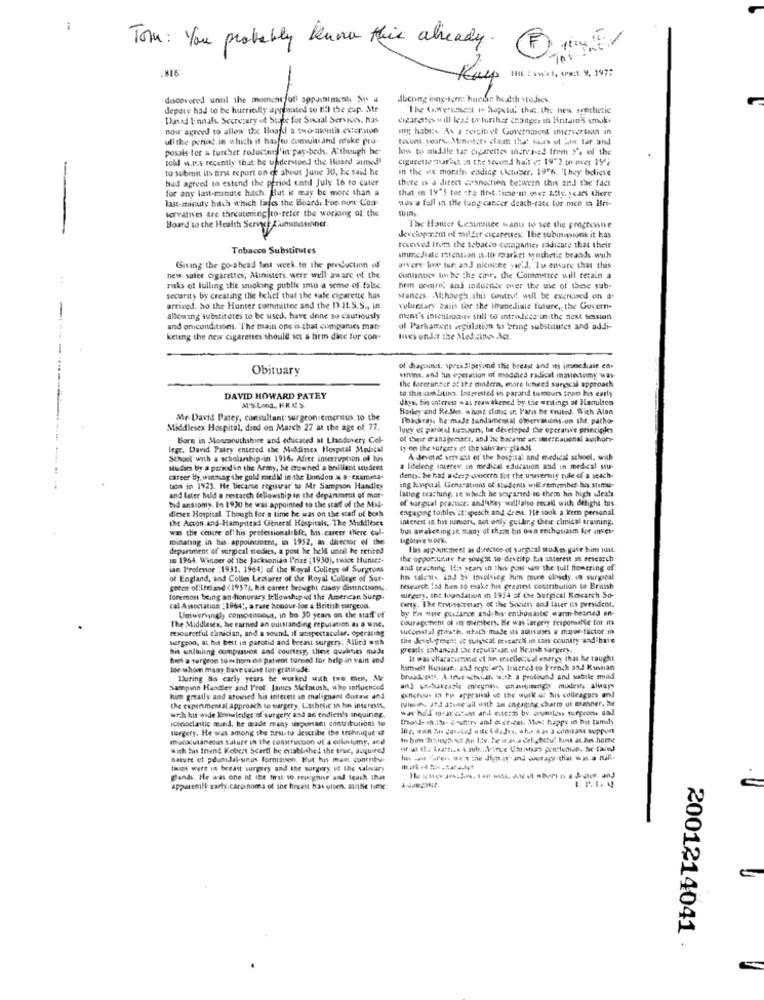
Tom: You probably know this already.
Kalp 11 : 100 1, 197 9, 1477
discovered until the moment fofi appointment Se a
dbching inny-term hunde heath stoJees
depaix had to be hurriedly app mated to fil the gap. Mr
The Government to hopeid, that. the new spertictie
David Einnats. Secretary of State for Social Services, has
cigaratos will lead to further changes in Hintain's smok
now agreed to allow the Board s tao-awith eversion
uli the period. in wtuch it has to cumuit and nuke pro-
mount. yours. Minuters claim that sales of hin tar and
posals ter & turchet reductin 'in par-beds. A though be-
how to meddle tar cigarettes increased trem 2', of the
cold w.r.s recently that be understood the Huard aimed"
cigurette surket in the Second half ( 1972 on over 19;
to submit its first report on of about June 30, he said he
In the wx morath ending uhouser, 1976. They belicse
bad agreed to extend the period cati July 16 to cuter
there is a direct saanaction be:wern this and the fact
for any last-minute hitch, But it may be more than a
that in 19'S tee the first. time'm over Afty. years there
last-minute hach which fades the Board .. For now Com
wow a fall in the lung cancer death-rate for mce in Bri-
forvanves are threatening to-refer the werking of: the
-
Board'to the Health Servet Commissioner.
The Homer Ceamsee wants to see the progressne
Jevelopezem of miller cicarentes. The subinnsions it has
Tobacco Substitutes
recived Itve the tobacco companies radicate that their
immediate Istention is.to market synthetic brands.wath
Giving the go-ahead last week.to the production of
avere bis tur an J nicotine sac'd. To ensure that this
new saler cigarettes, Ministers were well aware of the
cununues to be the cave, the Committee will tetain a
risks of lulling the smoking public into a sense of bolse.
hrm contre, and inducese wer the use of these sub-
security by creating the belief that the safe cigarette has
Mances. Although. this contro! will be expressed on a
arrived, So the Hunter committee sod the D.IL.S.S ., in
voluntary basis for the immediate future, the Govern-
allowing substitutes to be used, have done so cautiously
nent's intentanwas still to introduce in the next session
and oniconditions. The main one is that companies mar:
of Parlament legislation to bring substitutes and addi-
keting the new cigarettes should set a firm disc for con-
lives under the Medicines Act.
Obituary
of diagnosis, sprgastpeyand the breast and its inuncdiase en.
vinns, and hus eperation of moddied radical mavestomy way
the forerunner at the modern, mare hinged sungcal approach
to this sous Juan. Interested in paratid tumours iruin his early
-----------
DAVID HOWARD PATEY
days, bin interest wat reawakened by the writings of Hamulten
M'S Lond ., KR.U. S
Harley and Keshe, whost dine in Paris be trusted. With Alan
Mr. David Parey, consultant: surgeon emeritus. to the
Thickray he made fundamental observations on the. patho-
Middlesex Hospital, died on March 27 at the age of 77.
logy of pardes! tumours be developed the operatie principks
Born in Monmouthshwe and educated al Lhandovery Col-
legr. David Patry entered the Middimen Hospital Medical
Iy on the surgery et the salwary plaast
School' with a scholarship-in 1916. Afiet interruption.of his
A Jevoted servast of the bosgusal and medical school, wich
Mudics by a period in the Army, he crowned'a brilliant student
a lifelong mieres in medical education and in medical stu-
career by, wansung the gold medal in the London # 8: exameta-
dengy, he had a des, oncern for the usaversity rule of a weach.
tion in 1923. He became registrar to Mr Sampson Handley
ang kanqual Generations of Students will remember his. sen-
latrog teachung, se which he wanted to them his high idea's
and later held a restarch fellowship in the department of mor-
bd ansiomy. In 1930 he was appointed to the staff of the Mid-
of sargtal practice: and'they will also recall with delight Ios.
diesex Hospital. Though for a time he was on the staff of both
engaging foibles it:speech and deesa. He took a keen personal
the Acton and-Hampstead General Hospitals; The Middleses
interest in har tum ors, not only guiding their clinical training.
was the centre of his professionalilift, his career there cul-
bus awakening in many of them his own enthusiasm Bor mves-
mintanng. in his- appointment, in 1952, as director of the
Lagotave Mork.
department of surgical stedies, a post he held until he retired
Ilas appointment as dyrectoe ot surgical studies gave him just
10 1964. Winner of the Jacksoniad Prize (1930), twice Hunie :-
the opportunity Pe sought to deveitp bis interest a research
ian P'refenoe : 1931. 1964; of the Royal College of Surgeons
and tracting In yeary in this pons uw the tull towering of:
of England, and Colles Lemurer of the Royal College of Sur-
ho talents. and by involving Him mure olnychy, in wurgical
socos olifteland (1957), his career brought nady divincusom ,.
Nesearch lad Ren to make his greatest contribution to British
foremost being an honorary fellowship of the American Surp.
surgery. tot luundation in 1954 of the Surgical Kescarch So-
Gety. The Erstisecretary of the Society and later is president.
cal Association -1964", a rare honour-los & British surgeud.
by En sure guidance and buy enthomast wurm-hraned en-
Umwervingly conso remous, in ba 30 years on the staff of
couragement of its chersbers. He was largely responsable tor ats
resourceful einician, and a sound, if unspectacular. operabag
The Middlesex, he earned an outstanding reputation as a Wnie,
succestal growth. whath-made its autixises a mator factor in
surgeon, at his best in parotid and breast surgery. Allied will
the development « surgical poveurch.in thas country andihate
bis unlining compassion and' courtesy, theve qualities made
greatly enhanced The reputatear, ve Hr.ush surgery.
biet a surgeon tom tom.co patient turned for help in vain and
It was sharatemacie et as eracilectual energy thas he taught
tor shom maary tiave cause for gratitude.
himseit Kussaat .. and rogtt arty Irened co French and Russian
During Na carly years he worked with two men, Me
broadcas, A toutwchcan with a protound and sabile mind
Sampinn Handley and Prot. James Meineosh, who antiacnecd
------ un always
him greatly and arowied his interest in malignant doras and
generous a Pia appraisal ( the work.as his colleagues and
Himit- and atose ail with an cngaguns charm ut manner. he
the experimental approach to surgery, Lasholic in he interests,
iconoclaste mund, he made many uspowiant contributions to
wrh hus wade Knowledge of surgery and an endless's inquiring.
surgery. He was among the first to describe the technique"d
mucocutaneous sature in the construction of a celoslumy, and
With Sus trend Kobert Scarti be established the true, auquired
nature et pdumidal-sinun formatson, But his main contribu-
tions were in breast surgery and the sorgery ue the salivary
glands. He was one of the first to reognise and teach that
apparently carty.card noma of the breast hai often. au18e time:
2001214041